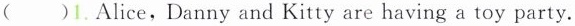
( )1.Alice,Danny and Kitty are having a toy party.